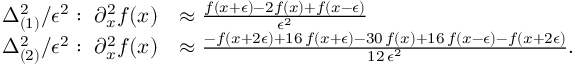
\begin{array} { r l } { \Delta _ { ( 1 ) } ^ { 2 } / \epsilon ^ { 2 } : \ \partial _ { x } ^ { 2 } f ( x ) } & { \approx \frac { f ( x + \epsilon ) - 2 f ( x ) + f ( x - \epsilon ) } { \epsilon ^ { 2 } } } \\ { \Delta _ { ( 2 ) } ^ { 2 } / \epsilon ^ { 2 } : \ \partial _ { x } ^ { 2 } f ( x ) } & { \approx \frac { - f ( x + 2 \epsilon ) + 1 6 \, f ( x + \epsilon ) - 3 0 \, f ( x ) + 1 6 \, f ( x - \epsilon ) - f ( x + 2 \epsilon ) } { 1 2 \, \epsilon ^ { 2 } } . } \end{array}